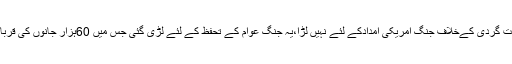
پاکستان دہشت گردی کےخلاف جنگ امریکی امدادکے لئے نہیں لڑا،یہ جنگ عوام کے تحفظ کے لئے لڑی گئی جس میں 60ہزار جانوں کی قربانی دی گئی۔